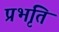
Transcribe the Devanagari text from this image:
प्रभृंति